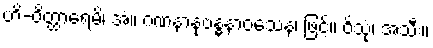
ဟိ-ဝိတ္ထာရေမိ၊ အံ့။ ဂဏနာနုဗန္ဓနာဝသေန၊ ဖြင့်။ ဝိသုံ၊ အသီး။